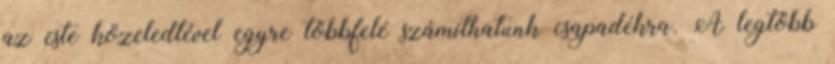
az este közeledtével egyre többfelé számíthatunk csapadékra. A legtöbb